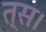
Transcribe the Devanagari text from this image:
त्स।